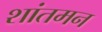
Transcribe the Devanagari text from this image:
शांतमन